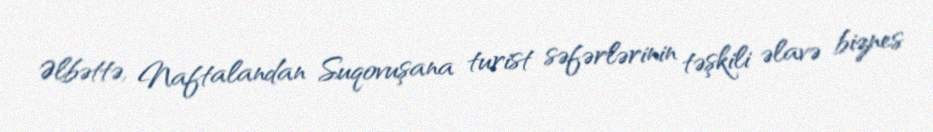
Əlbəttə, Naftalandan Suqovuşana turist səfərlərinin təşkili əlavə biznes